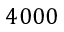
4 0 0 0